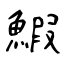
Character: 鰕